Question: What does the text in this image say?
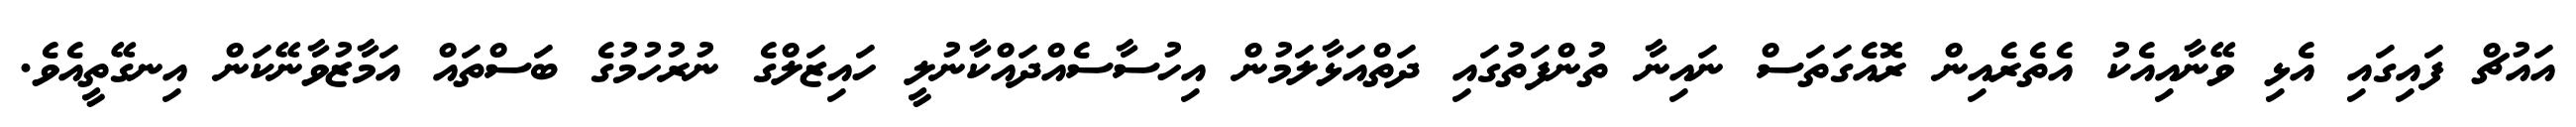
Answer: އައުޗް ފައިގައި އެޅި ވޭނާއިއެކު އެތެރެއިން ރޮއެގަތަސް ނައިނާ ތުންފަތުގައި ދަތްއަޅާލަމުން އިހުސާސެއްދައްކާނުލީ ހައިޒަލްގެ ނުރުހުމުގެ ބަސްތައް އަމާޒުވާނޭކަން އިނގޭތީއެވެ.